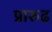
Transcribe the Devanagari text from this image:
प्रारुढ